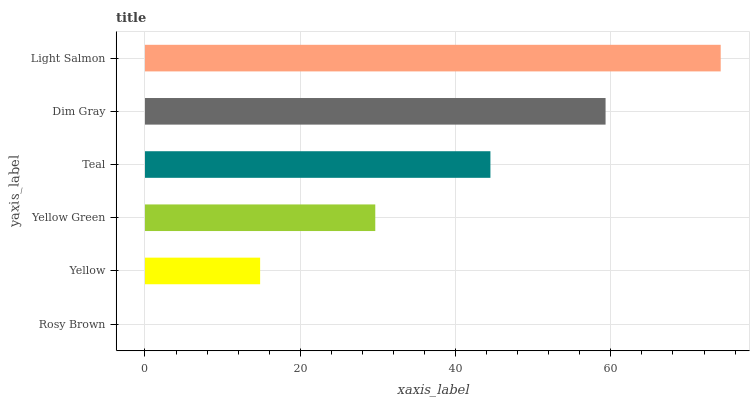
| yaxis_label | bars |
 | --- | --- |
 | Rosy Brown | 0 |
 | Yellow | 14.8 |
 | Yellow Green | 29.7 |
 | Teal | 44.5 |
 | Dim Gray | 59.3 |
 | Light Salmon | 74.2 |